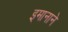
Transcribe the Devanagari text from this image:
इमानाने